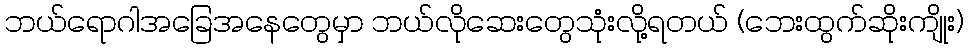
ဘယ်ရောဂါအခြေအနေတွေမှာ ဘယ်လိုဆေးတွေသုံးလို့ရတယ် (ဘေးထွက်ဆိုးကျိုး)